Document type: Barter
Year: 1304
Scribe: Pere Pometa
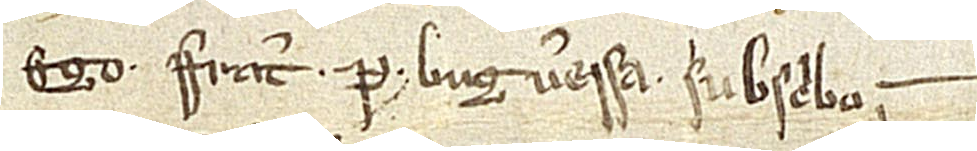
Ego frater P. Bugueressa subscribo.